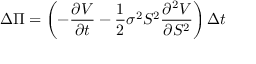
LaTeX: \Delta \Pi = \left( - { \frac { \partial V } { \partial t } } - { \frac { 1 } { 2 } } \sigma ^ { 2 } S ^ { 2 } { \frac { \partial ^ { 2 } V } { \partial S ^ { 2 } } } \right) \Delta t